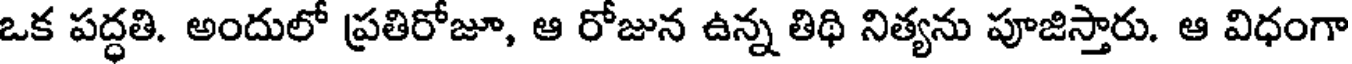
ఒక పద్ధతి. అందులో ప్రతిరోజూ, ఆ రోజున ఉన్న తిథి నిత్యను పూజిస్తారు. ఆ విధంగా